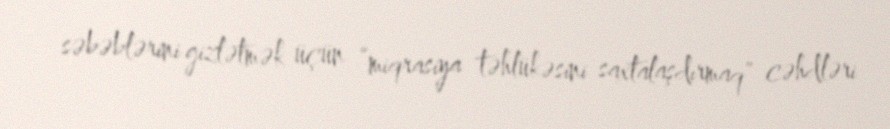
səbəblərini gizlətmək üçün “miqrasiya təhlükəsini saxtalaşdırmaq” cəhdləri